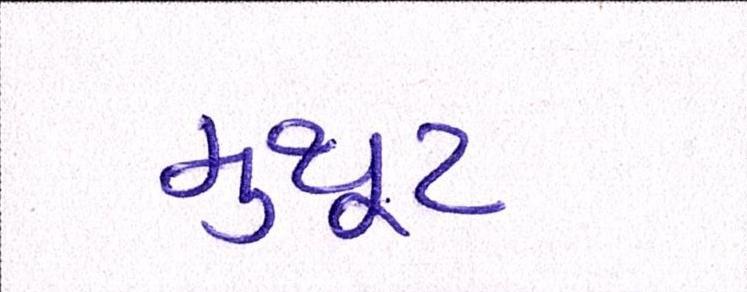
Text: મુથૂટ